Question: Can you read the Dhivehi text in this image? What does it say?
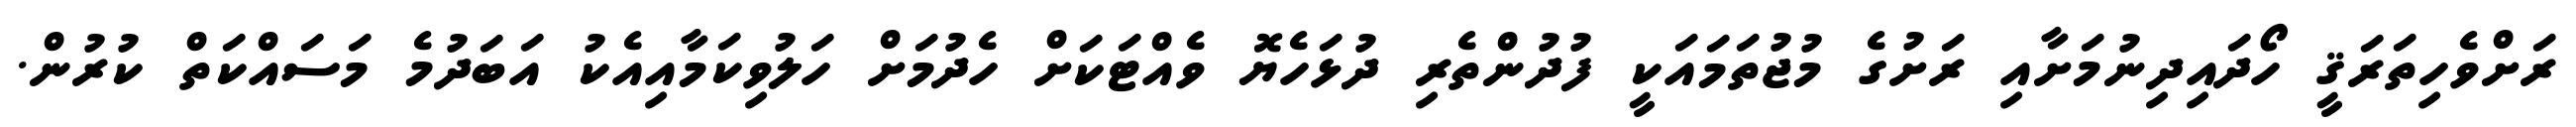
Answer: ރަށްވެހިތަރަޤީ ހޯދައިދިނުމަށާއި ރަށުގެ މުޖުތަމައަކީ ފުދުންތެރި ދުޅަހެޔޮ ވެއްޓަކަށް ހެދުމަށް ހަލުވިކަމާއިއެކު އަބަދުމެ މަސައްކަތް ކުރުން.